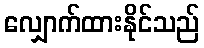
လျှောက်ထားနိုင်သည်